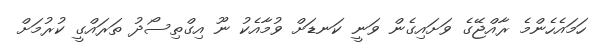
ހަމައެހެންމެ ރާއްޖޭގެ ވަށައިގެން ވަނީ ކަނޑަށް ވުމާއެކު ނޫ އިގްތިސޯދު ތަރައްގީ ކުރުމަށް